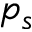
p _ { s }